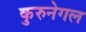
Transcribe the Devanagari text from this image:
कुरुनेगल